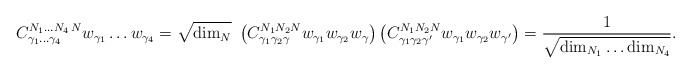
\begin{align*}{C}^{N_1\ldots N_4\,N}_{\gamma_1\ldots\gamma_4} w_{\gamma_1}\ldots w_{\gamma_4} = \sqrt{{\rm dim}_N} \ \left( {C}^{N_1 N_2 N}_{\gamma_1\gamma_2\gamma} w_{\gamma_1} w_{\gamma_2} w_{\gamma} \right) \left( {C}^{N_1 N_2 N}_{\gamma_1\gamma_2\gamma'} w_{\gamma_1} w_{\gamma_2} w_{\gamma'} \right) = {1\over \sqrt{{\rm dim}_{N_1} \ldots {\rm dim}_{N_4} }}.\end{align*}